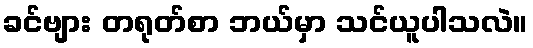
ခင်ဗျား တရုတ်စာ ဘယ်မှာ သင်ယူပါသလဲ။